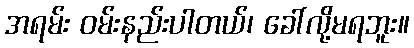
အရမ်း ဝမ်းနည်းပါတယ်၊ ခေါ်လို့မရဘူး။